画像に写った文字を読んでください
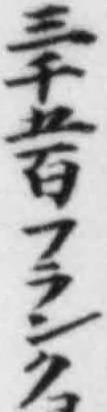
「三千五百フランク」と書いてあります